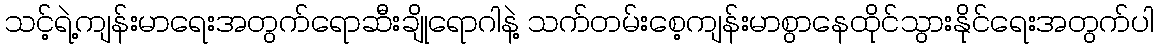
သင့်ရဲ့ကျန်းမာရေးအတွက်ရောဆီးချိုရောဂါနဲ့ သက်တမ်းစေ့ကျန်းမာစွာနေထိုင်သွားနိုင်ရေးအတွက်ပါ